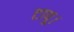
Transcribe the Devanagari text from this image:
टापू।